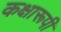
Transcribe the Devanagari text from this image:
कक्षारूपी